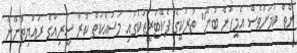
ނެތް ކަމަށްވެސް އެމީހުން ބުނޭ" ތުރުކީގެ ފެކްޓަރީތަކުގައި މަސައްކަތް ކުރާ ސީރިއާގެ ރައްޔިތުންނާ